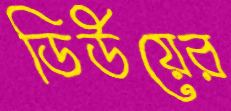
ডিউয়ের